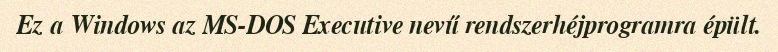
Ez a Windows az MS-DOS Executive nevű rendszerhéjprogramra épült.